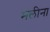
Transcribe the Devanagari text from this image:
मलीना